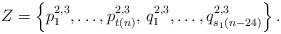
LaTeX: \begin{align*}Z = \left\{p_1^{2,3},\dots, p_{t(n)}^{2,3}, \, q_1^{2,3}, \dots, q_{s_1(n-24)}^{2,3}\right\}.\end{align*}